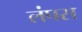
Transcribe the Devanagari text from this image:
लंपस